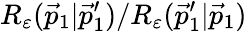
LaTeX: R_{\varepsilon}(\vec{p}_{1}|\vec{p}_{1}^{\prime})/R_{\varepsilon}(\vec{p}_{1}^{\prime}|\vec{p}_{1})